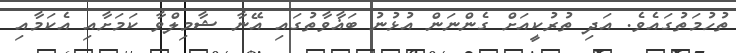
ތުހުމަތުގައެވެ. އަދި ތުރުކީއަށް ގެންނަން އުޅުނު ބަޣާވާތުގައި އޭނާ ޝާމިލްވާ ކަމަށާއި އެކަމާއި